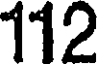
112